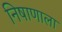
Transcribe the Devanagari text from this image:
निषाणाला